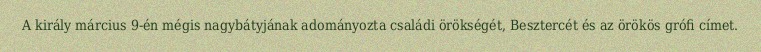
A király március 9-én mégis nagybátyjának adományozta családi örökségét, Besztercét és az örökös grófi címet.